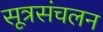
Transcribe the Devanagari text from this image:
सूत्रसंचलन